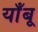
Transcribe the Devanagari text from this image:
याँबू